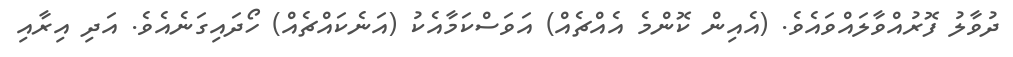
ދުވާލު ފޮރުއްވާލައްވައެވެ. (އެއިން ކޮންމެ އެއްޗެއް) އަވަސްކަމާއެކު (އަނެކައްޗެއް) ހޯދައިގަނެއެވެ. އަދި އިރާއި